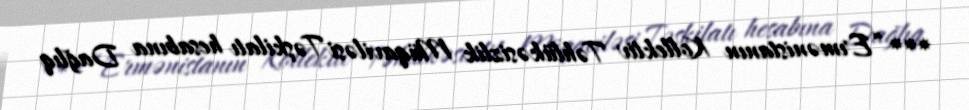
*** “Ermənistanın Kollektiv Təhlükəsizlik Müqaviləsi Təşkilatı hesabına Dağlıq